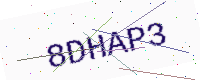
Text: 8DHAP3